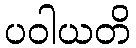
ပဝါယတိ